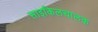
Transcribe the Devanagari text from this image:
साइकिलचालक